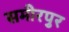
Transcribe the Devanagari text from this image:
समीरपुर